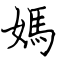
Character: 媽